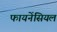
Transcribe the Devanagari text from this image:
फायनेंसियल